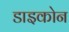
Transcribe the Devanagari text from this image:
डाइकोन